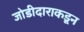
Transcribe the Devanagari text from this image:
जोडीदाराकडून